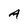
Character: A